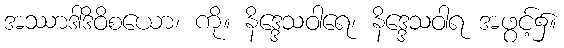
အဿာဒါဒိဝိစယော၊ ကို။ နိဒ္ဒေသဝါရေ၊ နိဒ္ဒေသဝါရ အဖွင့်၌။